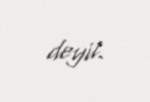
deyil.